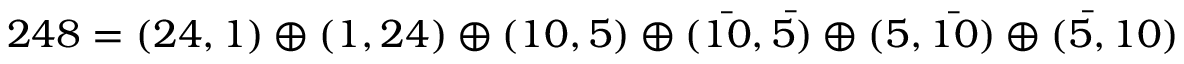
2 4 8 = ( 2 4 , 1 ) \oplus ( 1 , 2 4 ) \oplus ( 1 0 , 5 ) \oplus ( \bar { 1 0 } , \bar { 5 } ) \oplus ( 5 , \bar { 1 0 } ) \oplus ( \bar { 5 } , 1 0 )